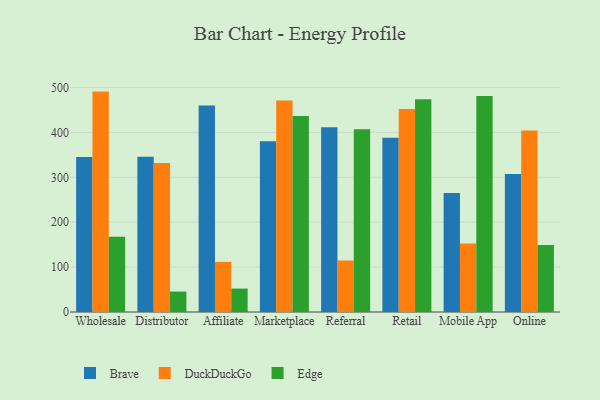
{"axis": {"x": "Channel", "y": "Budget (USD K)"}, "legend": ["Brave", "DuckDuckGo", "Edge"], "data": [{"x": "Wholesale", "y": 345.1, "type": "Brave"}, {"x": "Wholesale", "y": 491.0, "type": "DuckDuckGo"}, {"x": "Wholesale", "y": 167.8, "type": "Edge"}, {"x": "Distributor", "y": 345.8, "type": "Brave"}, {"x": "Distributor", "y": 331.9, "type": "DuckDuckGo"}, {"x": "Distributor", "y": 45.5, "type": "Edge"}, {"x": "Affiliate", "y": 460.2, "type": "Brave"}, {"x": "Affiliate", "y": 111.7, "type": "DuckDuckGo"}, {"x": "Affiliate", "y": 52.2, "type": "Edge"}, {"x": "Marketplace", "y": 380.5, "type": "Brave"}, {"x": "Marketplace", "y": 470.9, "type": "DuckDuckGo"}, {"x": "Marketplace", "y": 436.8, "type": "Edge"}, {"x": "Referral", "y": 411.8, "type": "Brave"}, {"x": "Referral", "y": 115.0, "type": "DuckDuckGo"}, {"x": "Referral", "y": 407.3, "type": "Edge"}, {"x": "Retail", "y": 388.1, "type": "Brave"}, {"x": "Retail", "y": 452.1, "type": "DuckDuckGo"}, {"x": "Retail", "y": 473.8, "type": "Edge"}, {"x": "Mobile App", "y": 265.2, "type": "Brave"}, {"x": "Mobile App", "y": 152.4, "type": "DuckDuckGo"}, {"x": "Mobile App", "y": 481.0, "type": "Edge"}, {"x": "Online", "y": 307.7, "type": "Brave"}, {"x": "Online", "y": 404.1, "type": "DuckDuckGo"}, {"x": "Online", "y": 149.4, "type": "Edge"}]}